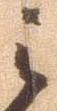
之